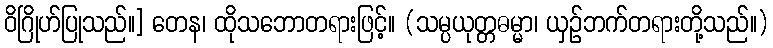
ဝိဂြိုဟ်ပြုသည်။] တေန၊ ထိုသဘောတရားဖြင့်။ (သမ္ပယုတ္တဓမ္မာ၊ ယှဉ်ဘက်တရားတို့သည်။)